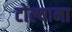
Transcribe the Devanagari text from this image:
टोल्याना